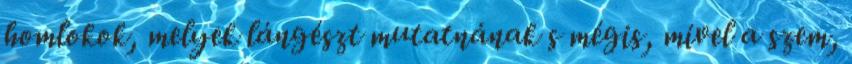
homlokok, melyek lángészt mutatnának s mégis, mivel a szem,